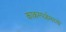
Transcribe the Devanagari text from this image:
काकस्पर्शमध्ये